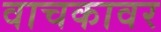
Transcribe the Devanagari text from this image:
वाचकावर